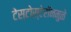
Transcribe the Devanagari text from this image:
टेस्टोस्टेरॉनमुळे